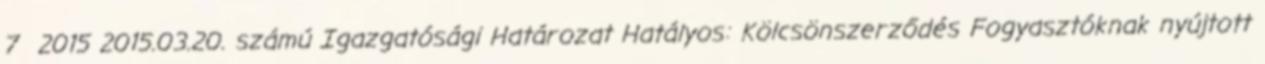
7 2015 2015.03.20. számú Igazgatósági Határozat Hatályos: Kölcsönszerződés Fogyasztóknak nyújtott